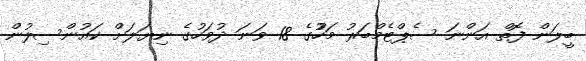
ބީލަން ފޮތް އަންނަ ސެޕްޓެމްބަރު މަހުުގެ 18 ވަނަ ދުވަހުގެ ނިޔަލަށް ކައުންސިލުން